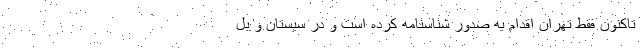
تاکنون فقط تهران اقدام به صدور شناسنامه کرده است و در سیستان و بل